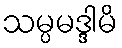
သမ္ပမဒ္ဒါမိ